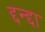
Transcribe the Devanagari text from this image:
द्दन्द्दा